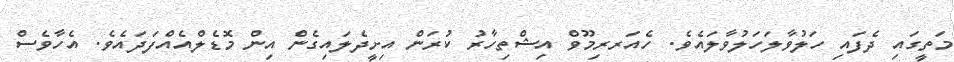
މަތީގައި ދެފައި ހަލުވާލަހަލުވާލައެވެ. ހެއަރރިމޫވް އިޝްތިހާރު ކުރަން އިށީދެލައިގެން އިން މޮޑެލްއެއްފަދައެވެ. އެހާވެސް